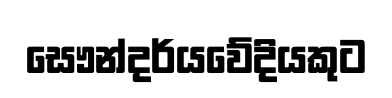
සෞන්දර්යවේදියකුට